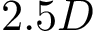
2 . 5 D